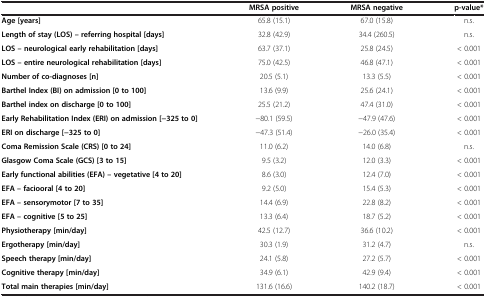
<table><thead><tr><td><b> </b></td><td><b>MRSA positive</b></td><td><b>MRSA negative</b></td><td><b>p-value*</b></td></tr></thead><tbody><tr><td><b>Age [years]</b></td><td>65.8 (15.1)</td><td>67.0 (15.8)</td><td>n.s.</td></tr><tr><td><b>Length of stay (LOS) – referring hospital [days]</b></td><td>32.8 (42.9)</td><td>34.4 (260.5)</td><td>n.s.</td></tr><tr><td><b>LOS – neurological early rehabilitation [days]</b></td><td>63.7 (37.1)</td><td>25.8 (24.5)</td><td>&lt; 0.001</td></tr><tr><td><b>LOS – entire neurological rehabilitation [days]</b></td><td>75.0 (42.5)</td><td>46.8 (47.1)</td><td>&lt; 0.001</td></tr><tr><td><b>Number of co-diagnoses [n]</b></td><td>20.5 (5.1)</td><td>13.3 (5.5)</td><td>&lt; 0.001</td></tr><tr><td><b>Barthel Index (BI) on admission [0 to 100]</b></td><td>13.6 (9.9)</td><td>25.6 (24.1)</td><td>&lt; 0.001</td></tr><tr><td><b>Barthel index on discharge [0 to 100]</b></td><td>25.5 (21.2)</td><td>47.4 (31.0)</td><td>&lt; 0.001</td></tr><tr><td><b>Early Rehabilitation Index (ERI) on admission [−325 to 0]</b></td><td>−80.1 (59.5)</td><td>−47.9 (47.6)</td><td>&lt; 0.001</td></tr><tr><td><b>ERI on discharge [−325 to 0]</b></td><td>−47.3 (51.4)</td><td>−26.0 (35.4)</td><td>&lt; 0.001</td></tr><tr><td><b>Coma Remission Scale (CRS) [0 to 24]</b></td><td>11.0 (6.2)</td><td>14.0 (6.8)</td><td>n.s.</td></tr><tr><td><b>Glasgow Coma Scale (GCS) [3 to 15]</b></td><td>9.5 (3.2)</td><td>12.0 (3.3)</td><td>&lt; 0.001</td></tr><tr><td><b>Early functional abilities (EFA) – vegetative [4 to 20]</b></td><td>8.6 (3.0)</td><td>12.4 (7.0)</td><td>&lt; 0.001</td></tr><tr><td><b>EFA – faciooral [4 to 20]</b></td><td>9.2 (5.0)</td><td>15.4 (5.3)</td><td>&lt; 0.001</td></tr><tr><td><b>EFA – sensorymotor [7 to 35]</b></td><td>14.4 (6.9)</td><td>22.8 (8.2)</td><td>&lt; 0.001</td></tr><tr><td><b>EFA – cognitive [5 to 25]</b></td><td>13.3 (6.4)</td><td>18.7 (5.2)</td><td>&lt; 0.001</td></tr><tr><td><b>Physiotherapy [min/day]</b></td><td>42.5 (12.7)</td><td>36.6 (10.2)</td><td>&lt; 0.001</td></tr><tr><td><b>Ergotherapy [min/day]</b></td><td>30.3 (1.9)</td><td>31.2 (4.7)</td><td>n.s.</td></tr><tr><td><b>Speech therapy [min/day]</b></td><td>24.1 (5.8)</td><td>27.2 (5.7)</td><td>&lt; 0.001</td></tr><tr><td><b>Cognitive therapy [min/day]</b></td><td>34.9 (6.1)</td><td>42.9 (9.4)</td><td>&lt; 0.001</td></tr><tr><td><b>Total main therapies [min/day]</b></td><td>131.6 (16.6)</td><td>140.2 (18.7)</td><td>&lt; 0.001</td></tr></tbody></table>